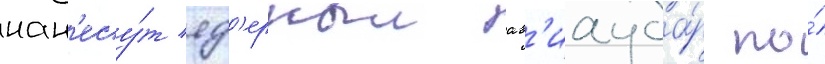
нан'есу́т яд'ерныи ав'иауда́р по́